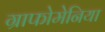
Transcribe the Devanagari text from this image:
ग्राफोमेनिया